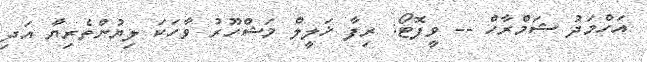
އަހްމަދު ޝަމްރާހް -- ވީފޮޓޯ: ރިފާ ޚަލީލް މަޝްހޫރު ވާހަކަ ލިޔުންތެރިޔާ އަދި